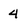
Character: 4